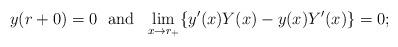
LaTeX: \begin{align*}y(r+0)=0 \ \ \mbox{and} \ \ \lim_{x\rightarrow r_{+}} \{y^{\prime}(x) Y(x) - y(x) Y^{\prime}(x) \} =0;\end{align*}